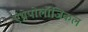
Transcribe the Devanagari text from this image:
एंथ्रोपोलॉजिकल